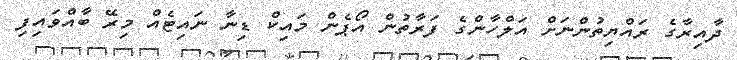
ދާއިރާގެ ރައްޔިތުންނަށް އަލްހާންގެ ފަރާތުން އޯޕެން މައިކް ޑިނާ ނައިޓެއް މިރޭ ބާއްވައިފި